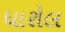
ધારોલ